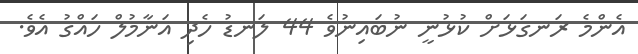
އެންމެ ރަނގަޅަށް ކުޅުނީ ނުބައިނުވެ 44 ލަނޑު ހެދި އަނާމުލް ހައްގު އެވެ.